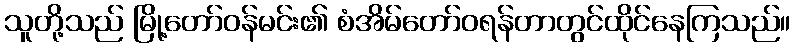
သူတို့သည် မြို့တော်ဝန်မင်း၏ စံအိမ်တော်ဝရန်တာတွင်ထိုင်နေကြသည်။